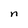
Character: n